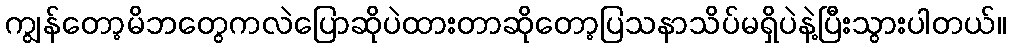
ကျွန်တော့မိဘတွေကလဲပြောဆိုပဲထားတာဆိုတော့ပြသနာသိပ်မရှိပဲနဲ့ပြီးသွားပါတယ်။